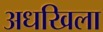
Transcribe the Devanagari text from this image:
अधखिला